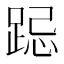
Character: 跽